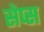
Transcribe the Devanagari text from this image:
सेप्स